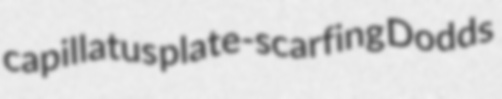
capillatus plate-scarfing Dodds